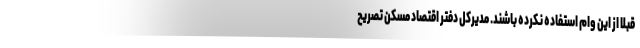
قبلا از این وام استفاده نکرده باشند. مدیرکل دفتر اقتصاد مسکن تصریح